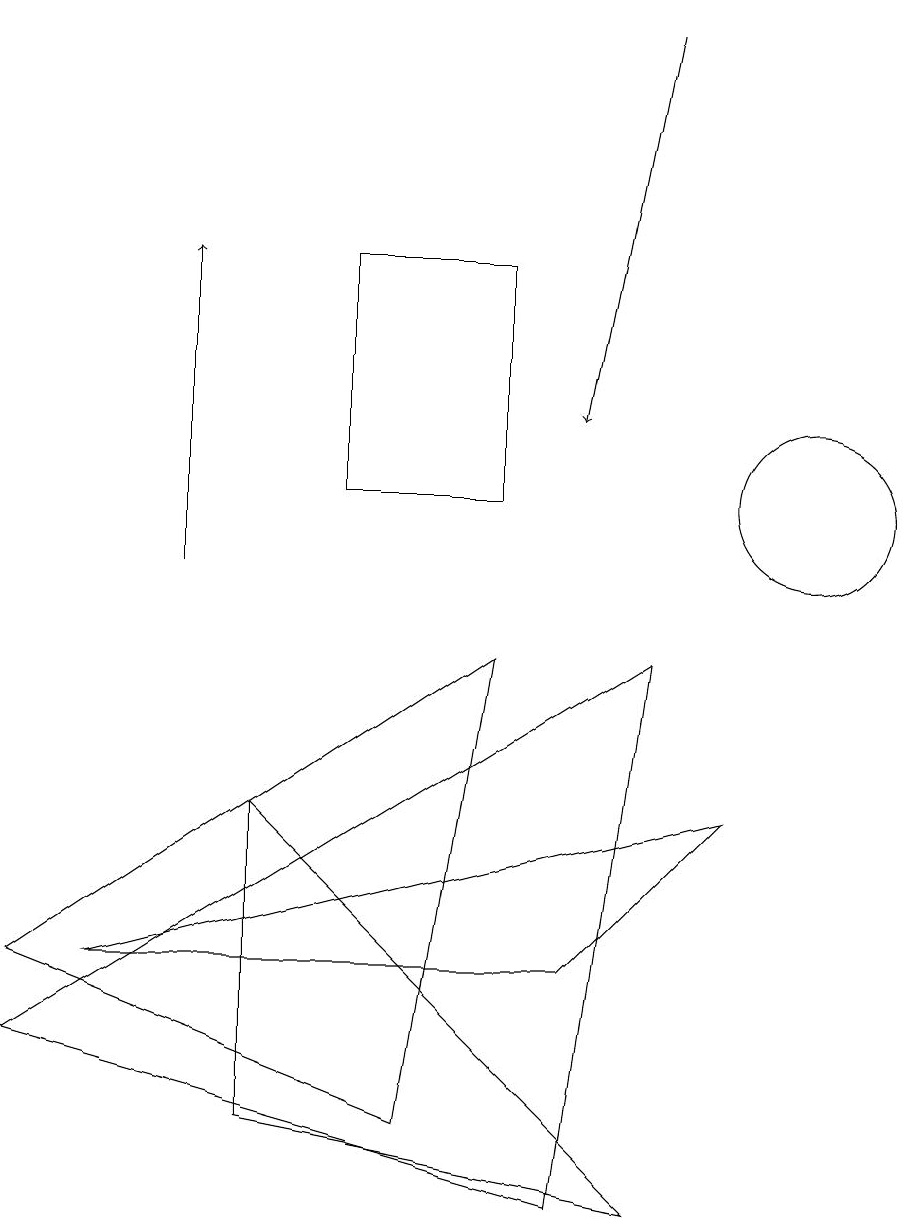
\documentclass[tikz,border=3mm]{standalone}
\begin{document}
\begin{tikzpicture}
\draw (4,11) rectangle (6,14);
\draw (7,5) -- (9,7) -- (1,5) -- cycle;
\draw (10,11) circle (1);
\draw (8,9) -- (7,2) -- (0,4) -- cycle;
\draw (3,3) -- (3,7) -- (8,2) -- cycle;
\draw[->] (8,17) -- (7,12);
\draw[->] (2,10) -- (2,14);
\draw (6,9) -- (0,5) -- (5,3) -- cycle;
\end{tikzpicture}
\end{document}